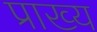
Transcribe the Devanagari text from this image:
प्राख्य